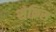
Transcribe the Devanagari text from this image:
सेक्रिस